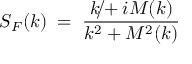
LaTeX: S _ { F } ( k ) \; = \; \frac { \rlap { / } { k } + i M ( k ) } { k ^ { 2 } + M ^ { 2 } ( k ) }